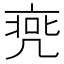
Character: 𠅭